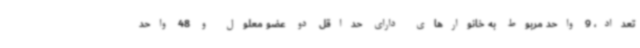
تعداد، 9 واحد مربوط به خانوارهای دارای حداقل دو عضو معلول و 48 واحد